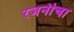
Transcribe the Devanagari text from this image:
रजनीचा